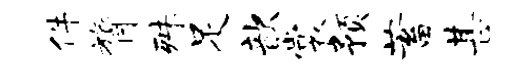
件膂殊足歆裳预蓄甚